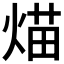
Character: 𤋙